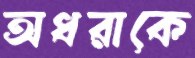
অধরাকে